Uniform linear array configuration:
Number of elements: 16
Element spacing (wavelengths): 0.75
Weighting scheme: cosine
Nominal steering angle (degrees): -30
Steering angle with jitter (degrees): -30.16
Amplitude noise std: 0.05
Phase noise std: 0.05

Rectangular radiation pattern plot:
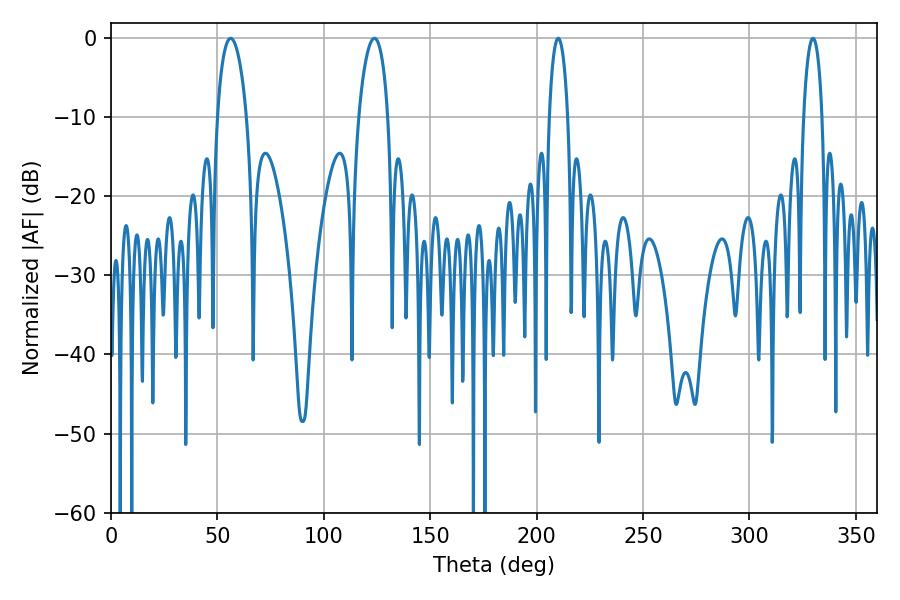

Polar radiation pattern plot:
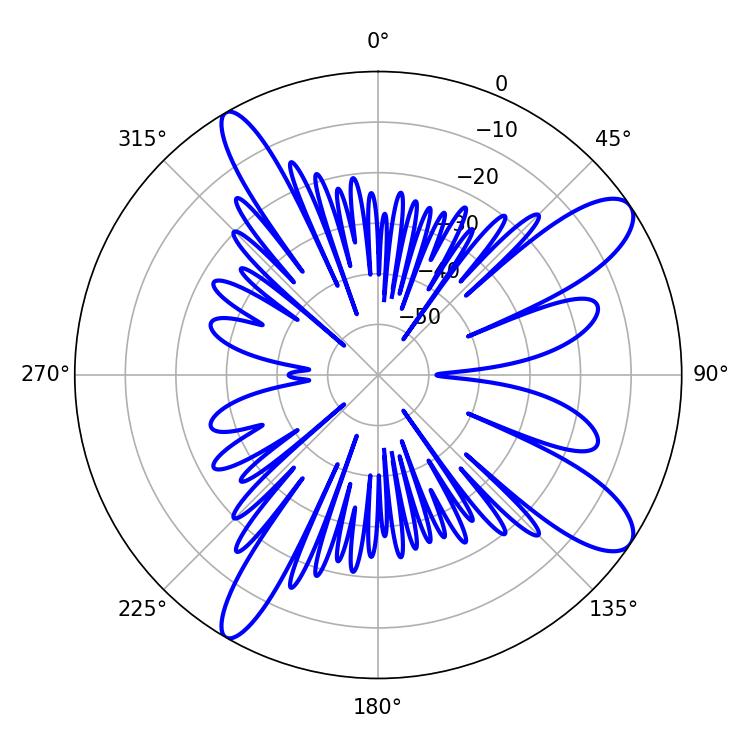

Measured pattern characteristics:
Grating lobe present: TRUE
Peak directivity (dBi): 11.13
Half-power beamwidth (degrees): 7.74
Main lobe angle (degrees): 56.16